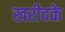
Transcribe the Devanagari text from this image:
खरीदके